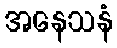
အနေသနံ